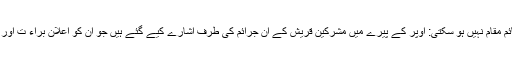
جزوی نیکی اصل مقصود کی قائم مقام نہیں ہو سکتی: اوپر کے پیرے میں مشرکین قریش کے ان جرائم کی طرف اشارے کیے گئے ہیں جو ان کو اعلان براء ت اور جنگ کا سزاوار قرار دیتے ہیں۔